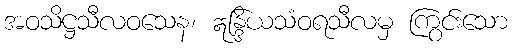
အဝသိဋ္ဌသီလဝသေန၊ ဣန္ဒြိယသံဝရသီလမှ ကြွင်းသော